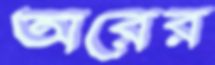
অরের